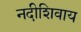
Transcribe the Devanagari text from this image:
नदीशिवाय